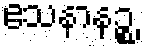
ဧသနာနဉ္စ